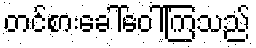
တင်စားခေါ်ဝေါ်ကြသည်